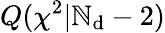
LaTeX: Q({\chi}^{2}|\mathbb{N}_{\mathrm{{d}}}-2)